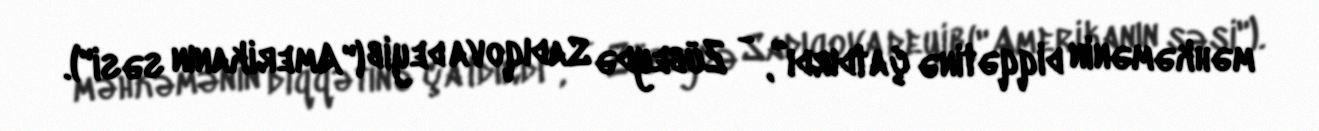
məhkəmənin diqqətinə çatdırdı”, - Zübeydə Sadıqova deyib ("Amerikanın səsi").